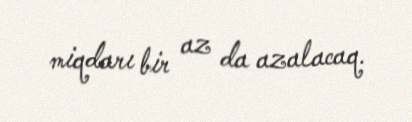
miqdarı bir az da azalacaq.